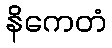
နိကေတံ